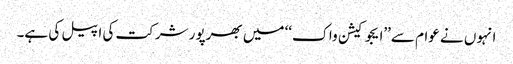
انہوں نے عوام سے’’ایجوکیشن واک‘‘ میں بھرپور شرکت کی اپیل کی ہے۔